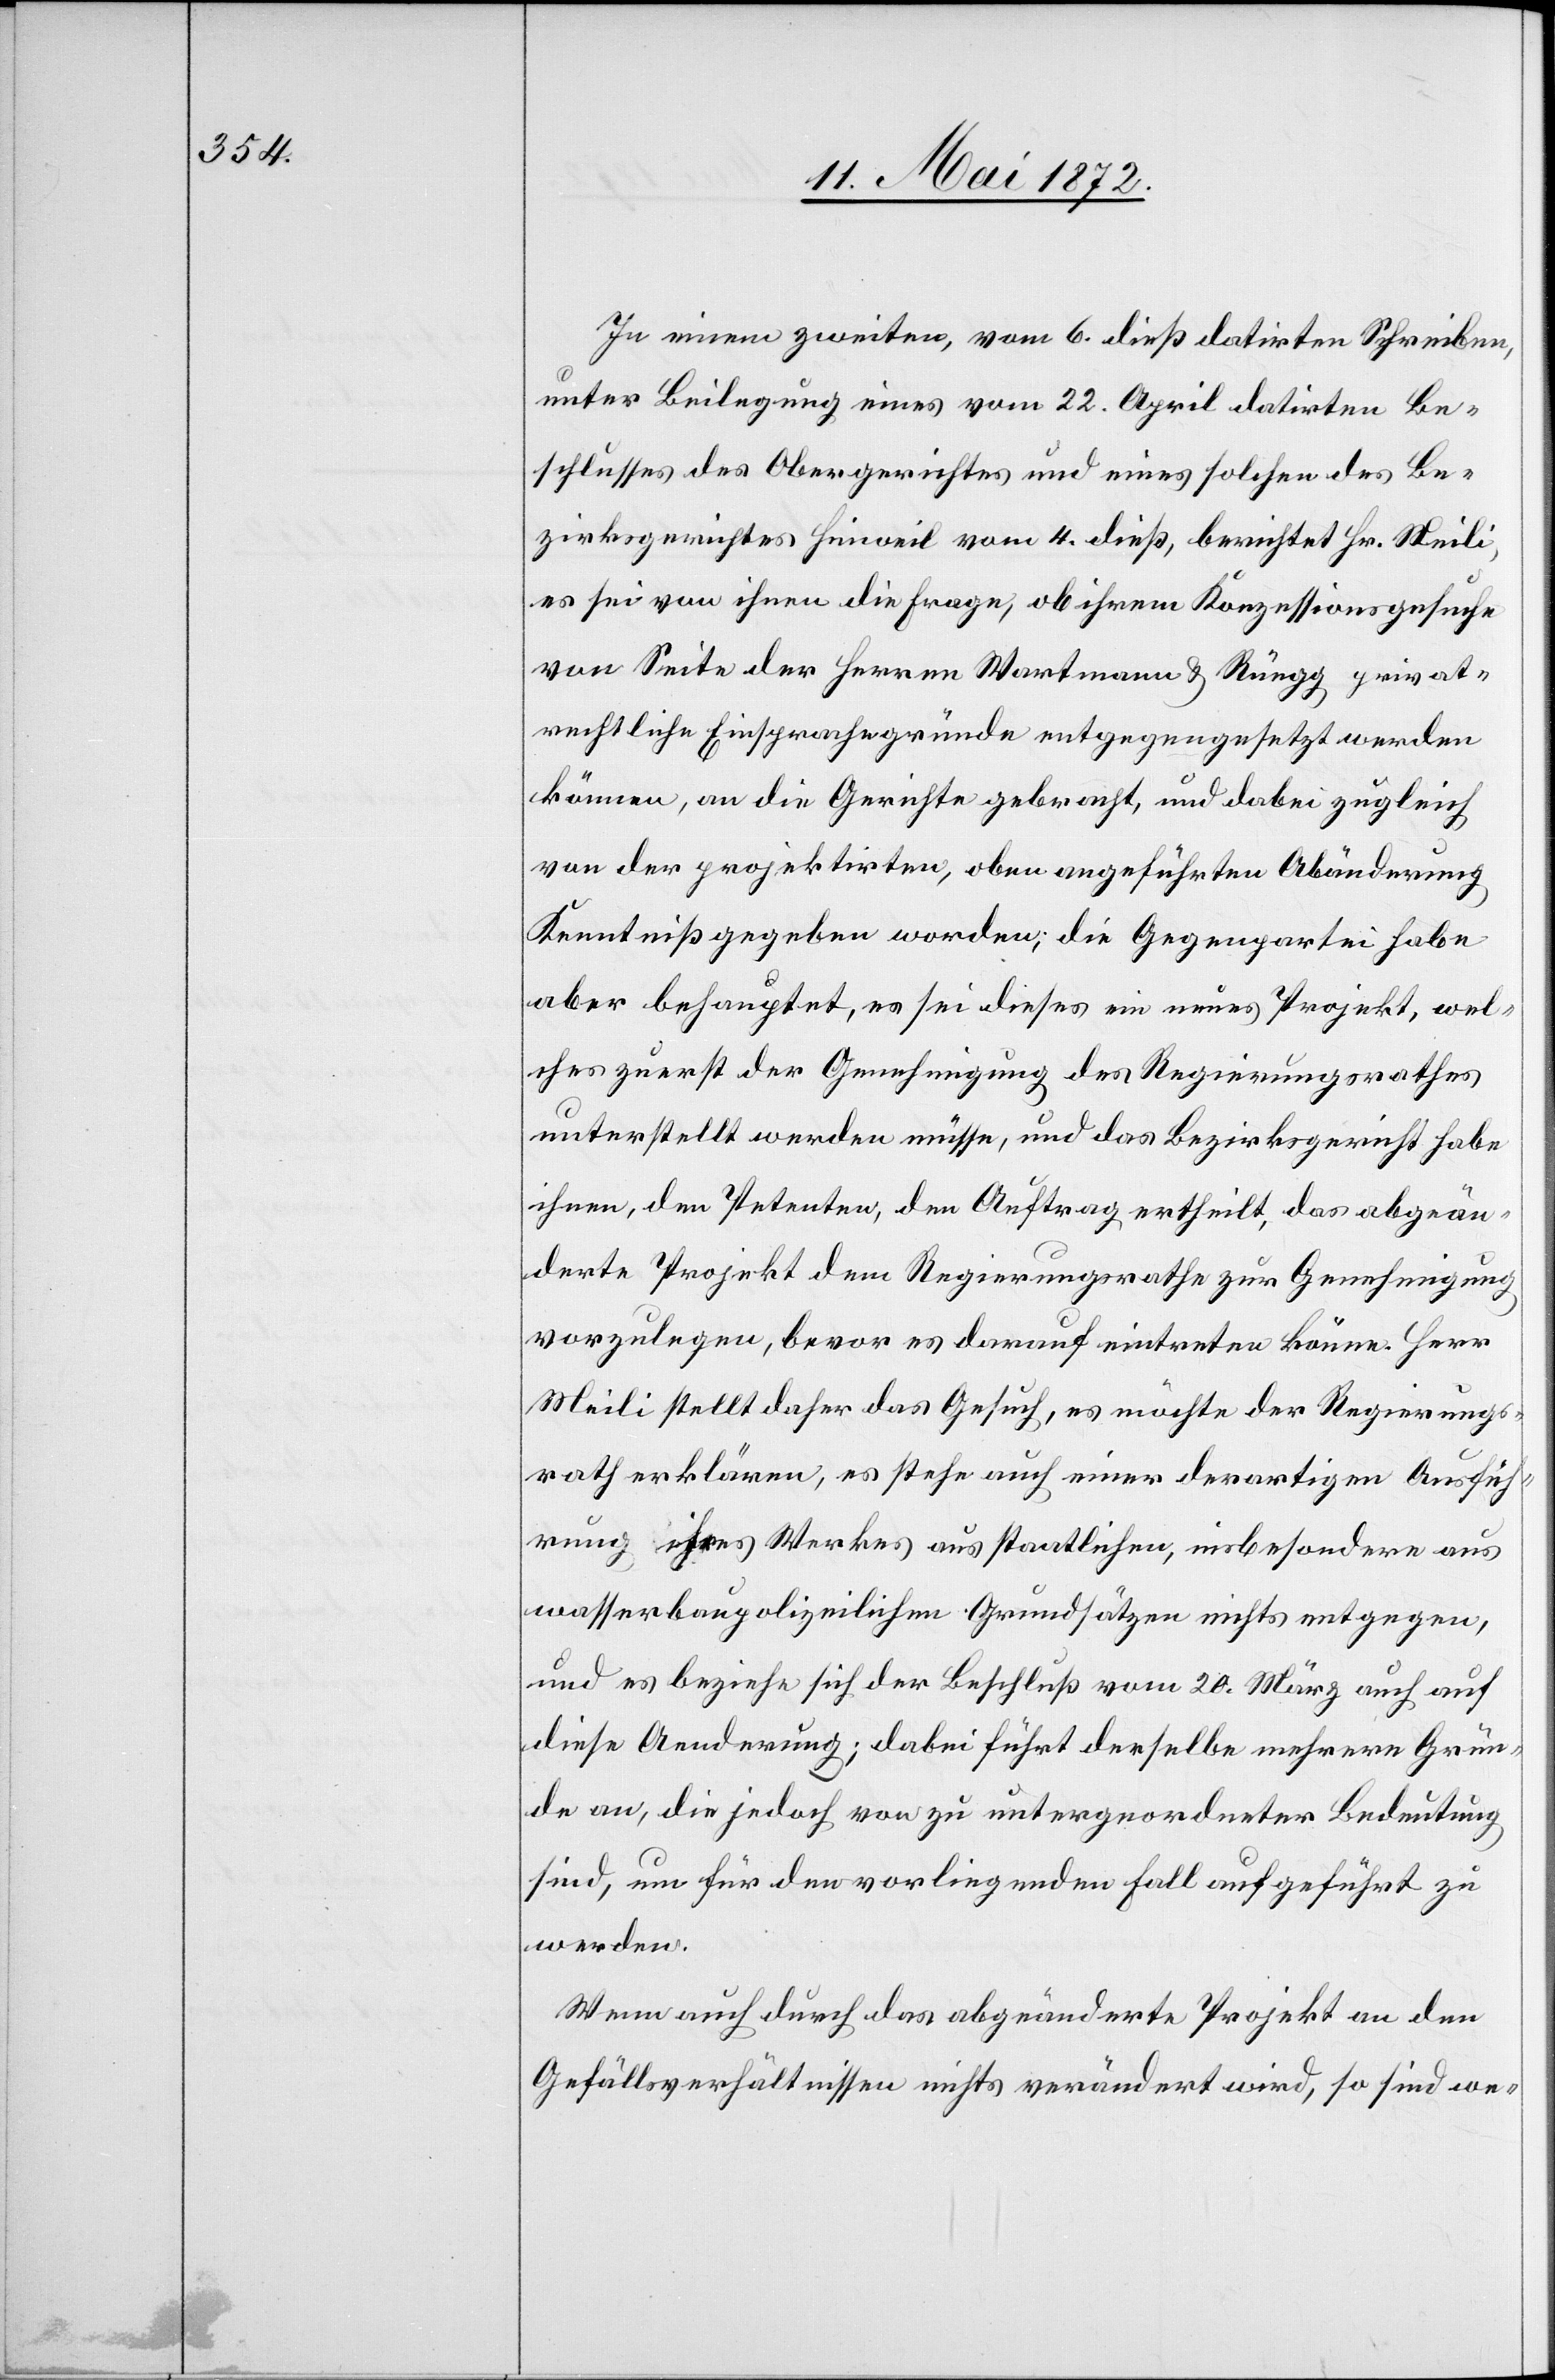
In einem zweiten, vom 6. dieß datirten Schreiben,
unter Beilegung eines vom 22. April datirten Be¬
schlusses des Obergerichtes und eines solchen des Be¬
zirksgerichtes Hinweil vom 4. dieß, berichtet Hr. Meili,
es sei von ihnen die Frage, ob ihrem Konzessionsgesuche
von Seite der Herren Wartmann u. Rüegg privat¬
rechtliche Einsprachgründe entgegengesetzt werden
können, an die Gerichte gebracht, und dabei zugleich
von der projektirten, oben angeführten Abänderung
Kenntniß gegeben worden; die Gegenpartei habe
aber behauptet, es sei dieses ein neues Projekt, wel¬
ches zuerst der Genehmigung des Regierungsrathes
unterstellt werden müsse, und das Bezirksgericht habe
ihnen, den Petenten, den Auftrag ertheilt, das abgeän¬
derte Projekt dem Regierungsrathe zur Genehmigung
vorzulegen, bevor es darauf eintreten könne. Herr
Meili stellt daher das Gesuch, es möchte der Regierungs¬
rath erklären, es stehe auch einer derartigen Ausfich¬
tung ihres Werkes aus staatlichen, insbesondere aus
wasserbaupolizeilichen Grundsätzen nichts entgegen,
und es beziehe sich der Beschluß vom 20. März auch auf
diese Aenderung; dabei führt derselbe mehrere Grün¬
de an, die jedoch von zu untergeordneter Bedeutung
sind, um für den vorliegenden Fall aufgeführt zu
werden.
Wenn auch durch das abgeänderte Projekt an den
Gefällsverhältnissen nichts verändert wird, so sind we-